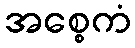
အစ္စေကံ